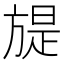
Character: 𣄍